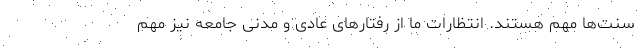
سنت‌ها مهم هستند. انتظارات ما از رفتارهای عادی و مدنی جامعه نیز مهم